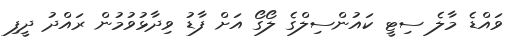
ވައްޑެ މާލެ ސިޓީ ކައުންސިލްގެ ލޯގޯ އަށް ފާޑު ވިދާޅުވުމުން ރައްދު ދީފި